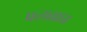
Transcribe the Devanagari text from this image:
प्रत्त्यक्षात